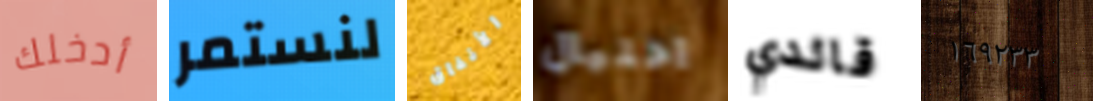
أدخلك لنستمر الأنفاق احتيال قائدي ١٦٩٢٣٣